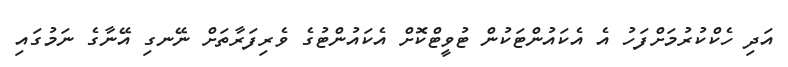
އަދި ހެކްކުރުމަށްފަހު އެ އެކައުންޓަކުން ޓުވީޓްކޮށް އެކައުންޓުގެ ވެރިފަރާތަށް ނޭނގި އޭނާގެ ނަމުގައި